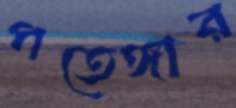
পতেঙ্গার